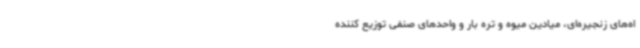
اه‌های زنجیره‌ای، میادین میوه و تره بار و واحدهای صنفی توزیع کننده